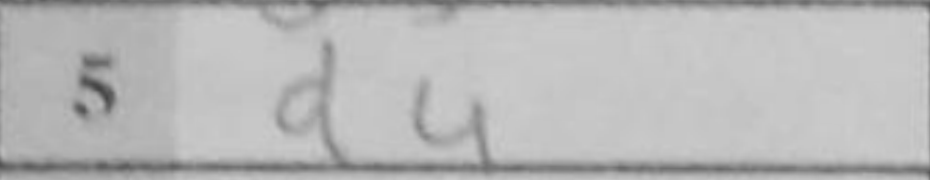
Transcription: d4